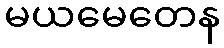
မယမေတေန